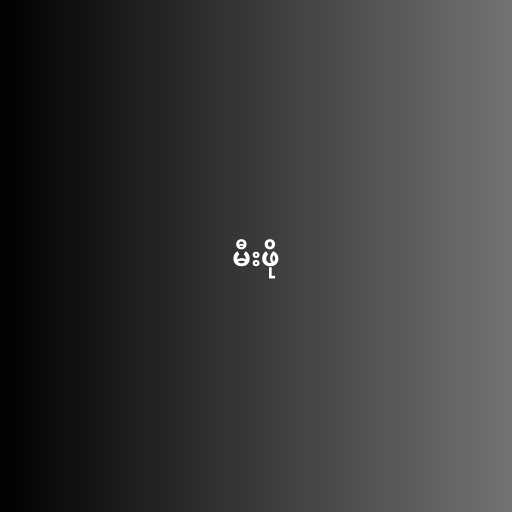
မီးဖို